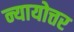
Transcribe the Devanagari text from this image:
न्यायोत्तर